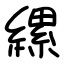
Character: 縲